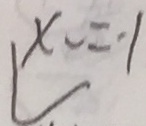
x _ { 2 } = - 1